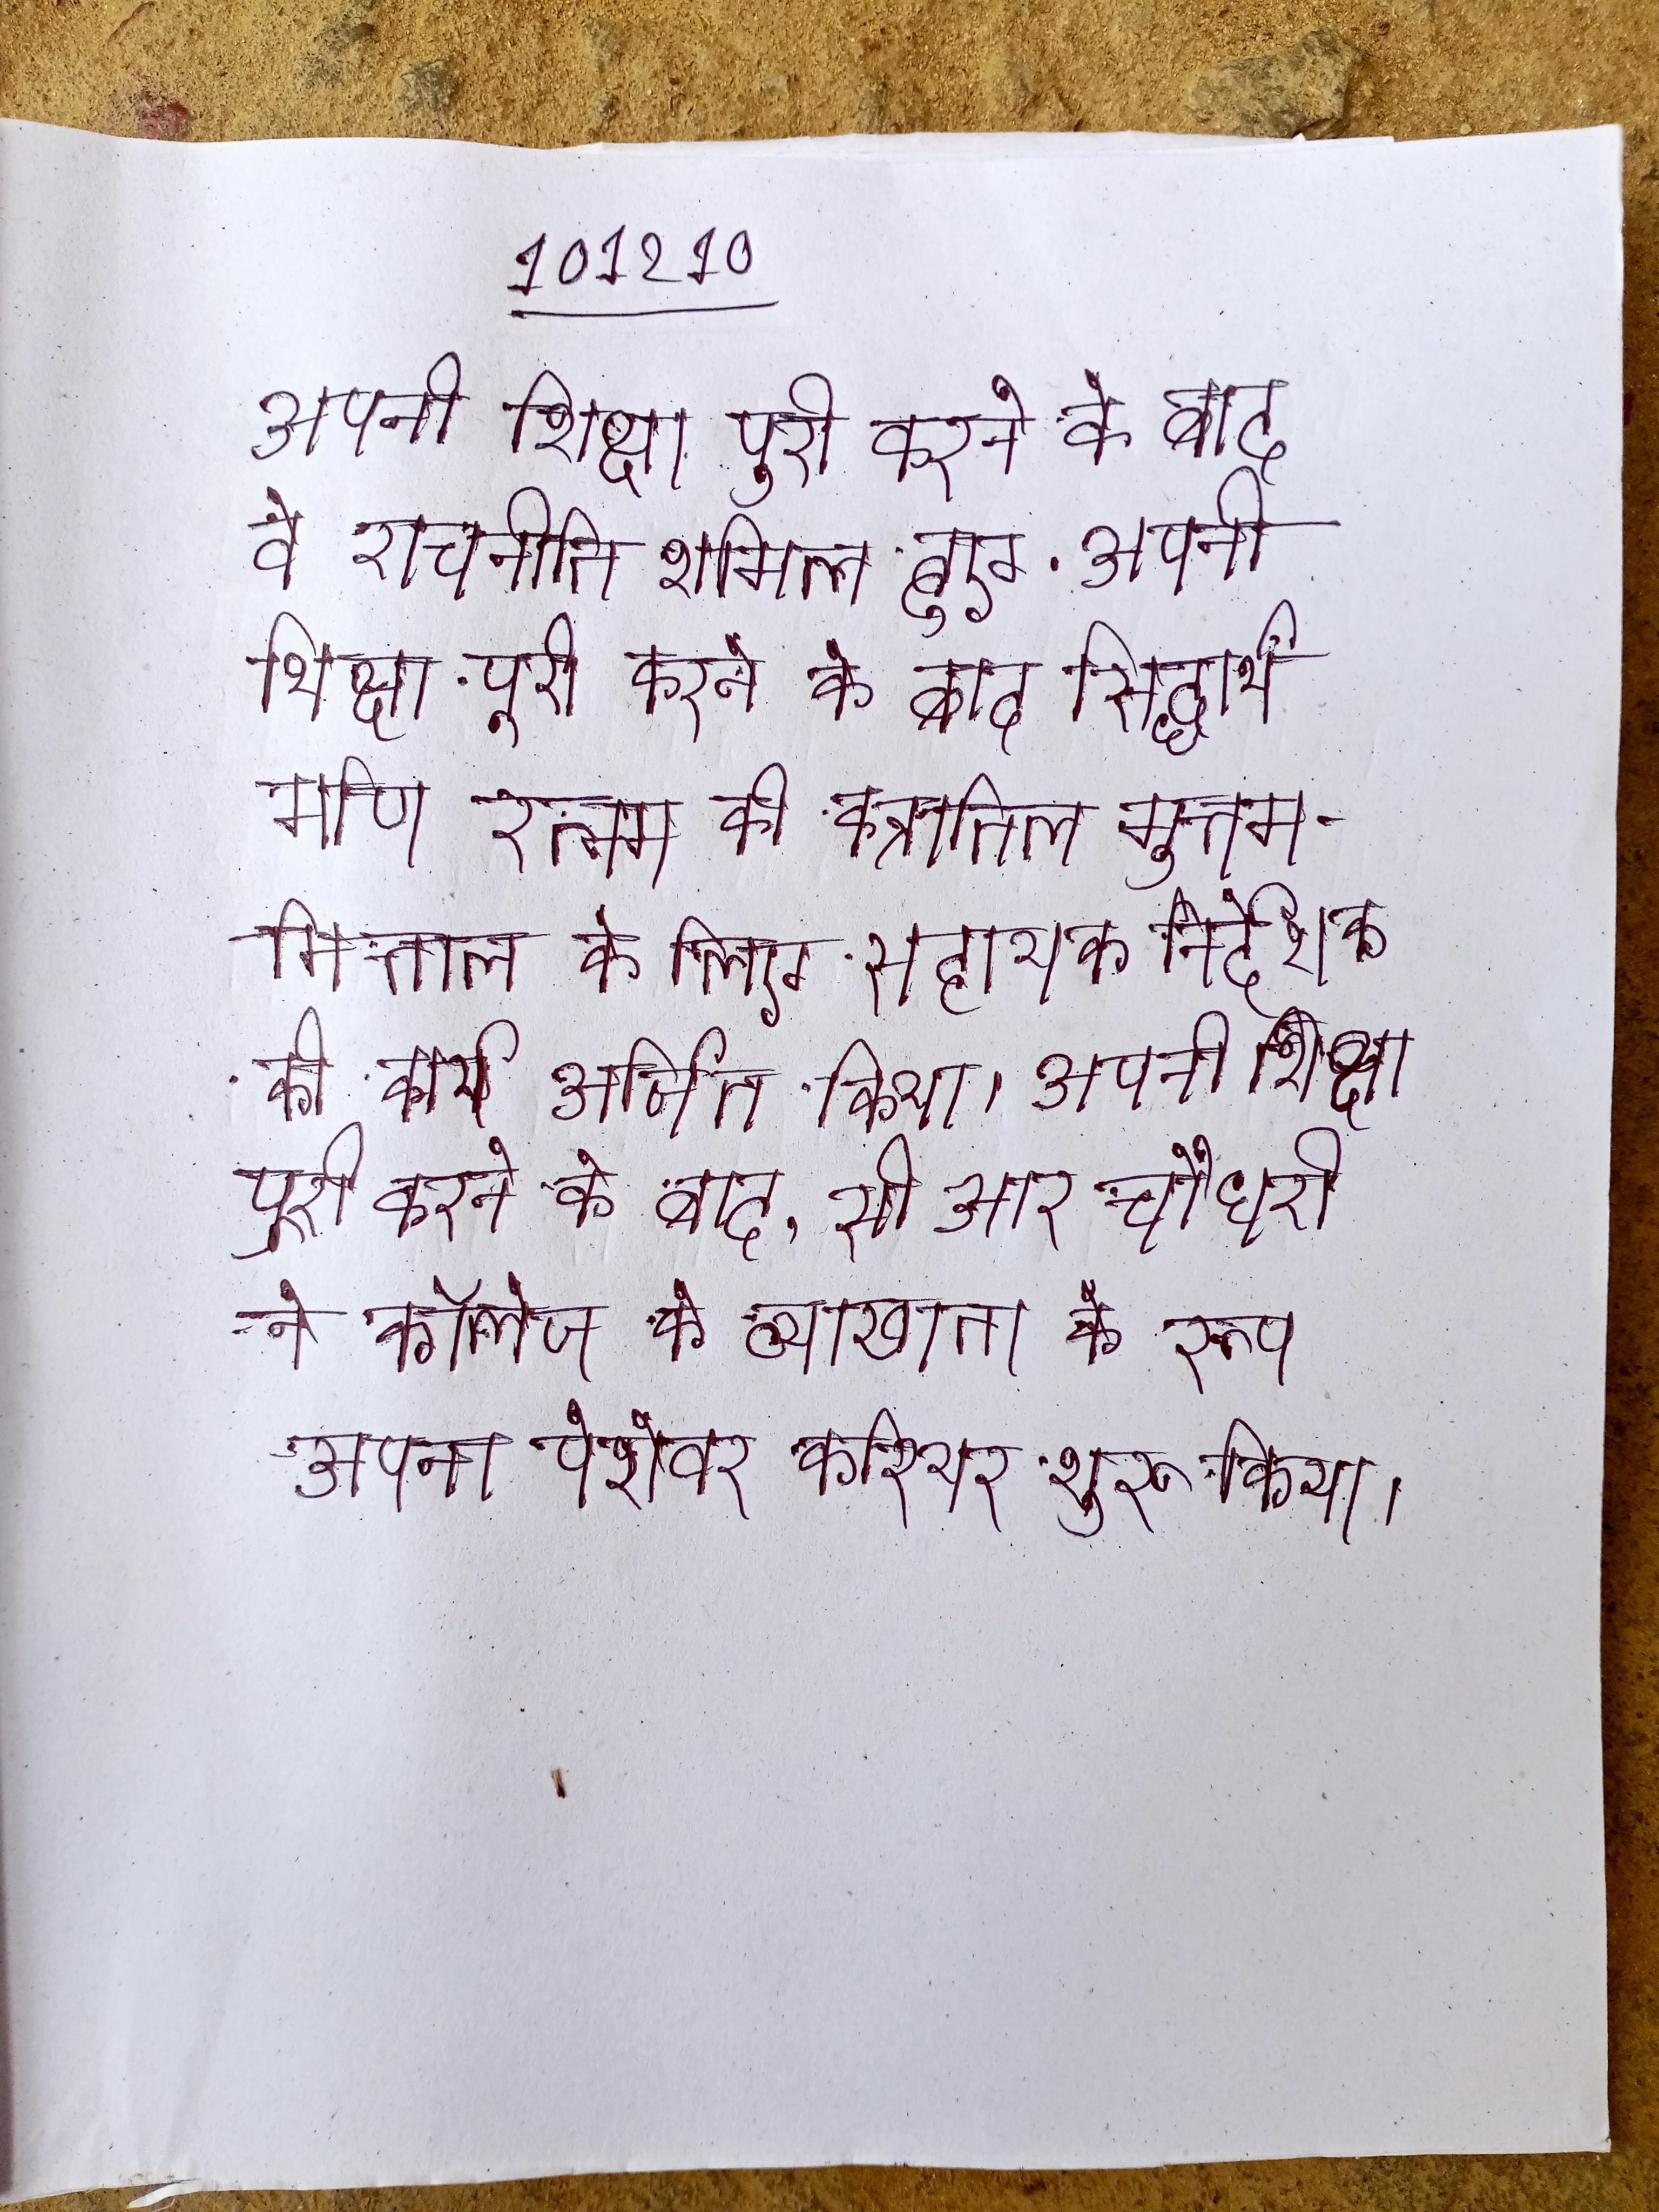
अपनी शिक्षा पूरी करने के बाद वे राजनीति शामिल हुए . अपनी शिक्षा पूरी करने के बाद सिद्धार्थ मणि रत्नम की कन्नातिल मुत्तममित्ताल के लिए सहायक निर्देशक की कार्य अर्जित किया । अपनी शिक्षा पूरी करने के बाद, सी आर चौधरी ने कॉलेज के व्याख्याता के रूप अपना पेशेवर करियर शुरू किया ।